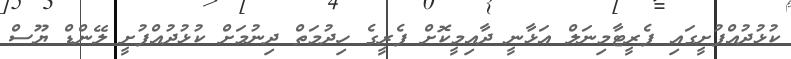
ކުޅުދުއްފުށީގައި ފެރީޓާމިނަލް އަޅާނީ ދާއިމީކޮށް ފެރީގެ ހިދުމަތް ދިނުމަށް ކުޅުދުއްފުށީ ލޭންޑް ޔޫސް